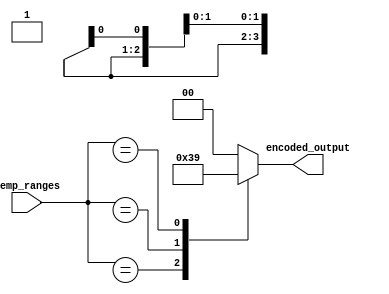
module thermal_encoder (
    input wire [3:0] temp_ranges, // 4-bit input representing temperature ranges
    output reg [1:0] encoded_output // 2-bit output for encoded temperature range
);

// Priority encoding logic
always @(*) begin
    casez (temp_ranges) // casez allows for don't care conditions
        4'b1xxx: encoded_output = 2'b11; // 76-100C
        4'b01xx: encoded_output = 2'b10; // 51-75C
        4'b001x: encoded_output = 2'b01; // 26-50C
        4'b0001: encoded_output = 2'b00; // 0-25C
        default: encoded_output = 2'b00; // Default output when no inputs are active
    endcase
end

endmodule